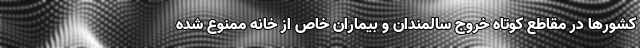
کشورها در مقاطع کوتاه خروج سالمندان و بیماران خاص از خانه ممنوع شده